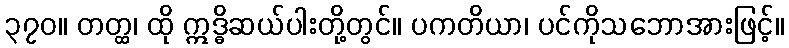
၃၇၀။ တတ္ထ၊ ထို ဣဒ္ဓိဆယ်ပါးတို့တွင်။ ပကတိယာ၊ ပင်ကိုသဘောအားဖြင့်။